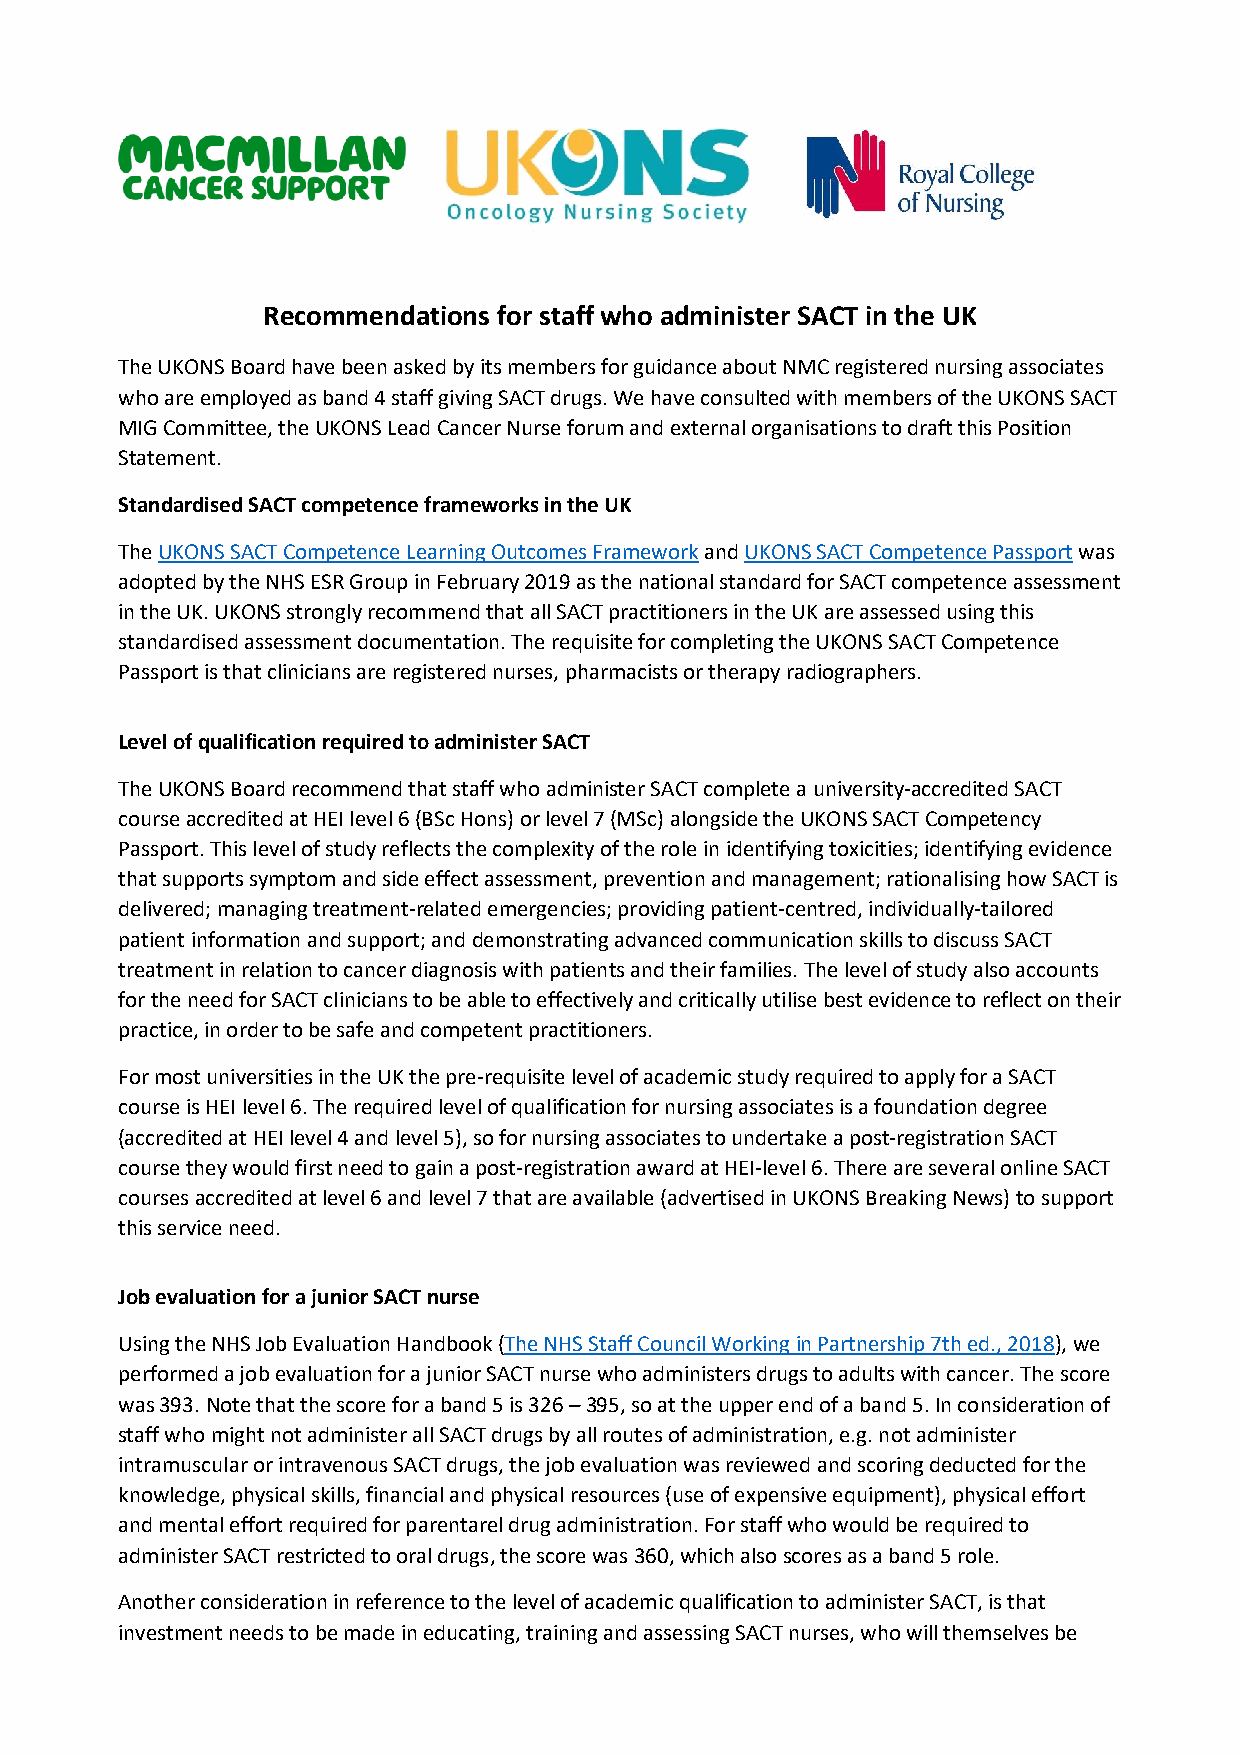
Recommendations for staff who administer SACT in the UK
 The UKONS Board have been asked by its members for guidance about NMC registered nursing associates
 who are employed as band 4 staff giving SACT drugs. We have consulted with members of the UKONS SACT
 MIG Committee, the UKONS Lead Cancer Nurse forum and external organisations to draft this Position
 Statement.
 Standardised SACT competence frameworks in the UK
 The UKONS SACT Competence Learning Outcomes Framework and UKONS SACT Competence Passport was
 adopted by the NHS ESR Group in February 2019 as the national standard for SACT competence assessment
 in the UK. UKONS strongly recommend that all SACT practitioners in the UK are assessed using this
 standardised assessment documentation. The requisite for completing the UKONS SACT Competence
 Passport is that clinicians are registered nurses, pharmacists or therapy radiographers.
 Level of qualification required to administer SACT
 The UKONS Board recommend that staff who administer SACT complete a university-accredited SACT
 course accredited at HEI level 6 (BSc Hons) or level 7 (MSc) alongside the UKONS SACT Competency
 Passport. This level of study reflects the complexity of the role in identifying toxicities; identifying evidence
 that supports symptom and side effect assessment, prevention and management; rationalising how SACT is
 delivered; managing treatment-related emergencies; providing patient-centred, individually-tailored
 patient information and support; and demonstrating advanced communication skills to discuss SACT
 treatment in relation to cancer diagnosis with patients and their families. The level of study also accounts
 for the need for SACT clinicians to be able to effectively and critically utilise best evidence to reflect on their
 practice, in order to be safe and competent practitioners.
 For most universities in the UK the pre-requisite level of academic study required to apply for a SACT
 course is HEI level 6. The required level of qualification for nursing associates is a foundation degree
 (accredited at HEI level 4 and level 5), so for nursing associates to undertake a post-registration SACT
 course they would first need to gain a post-registration award at HEI-level 6. There are several online SACT
 courses accredited at level 6 and level 7 that are available (advertised in UKONS Breaking News) to support
 this service need.
 Job evaluation for a junior SACT nurse
 Using the NHS Job Evaluation Handbook (The NHS Staff Council Working in Partnership 7th ed., 2018), we
 performed a job evaluation for a junior SACT nurse who administers drugs to adults with cancer. The score
 was 393. Note that the score for a band 5 is 326 – 395, so at the upper end of a band 5. In consideration of
 staff who might not administer all SACT drugs by all routes of administration, e.g. not administer
 intramuscular or intravenous SACT drugs, the job evaluation was reviewed and scoring deducted for the
 knowledge, physical skills, financial and physical resources (use of expensive equipment), physical effort
 and mental effort required for parentarel drug administration. For staff who would be required to
 administer SACT restricted to oral drugs, the score was 360, which also scores as a band 5 role.
 Another consideration in reference to the level of academic qualification to administer SACT, is that
 investment needs to be made in educating, training and assessing SACT nurses, who will themselves be